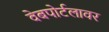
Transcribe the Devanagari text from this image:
वेबपोर्टलावर